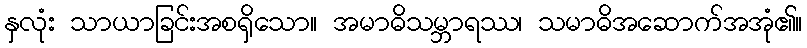
နှလုံး သာယာခြင်းအစရှိသော။ အမာဓိသမ္ဘာရဿ၊ သမာဓိအဆောက်အအုံ၏။